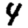
Digit: 4